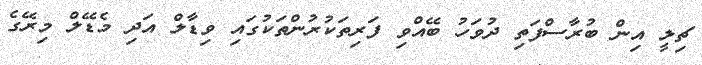
ޗިލީ އިން ބުރާސްފަތި ދުވަހު ބޭއްވި ފަރިތަކުރުންތަކުގައި ވިޑާލް އަދި މެޑޭލް މިރޭގެ